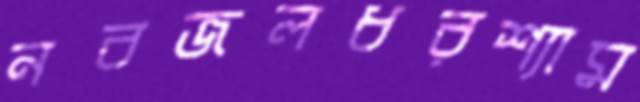
নবজলধরশ্যাম